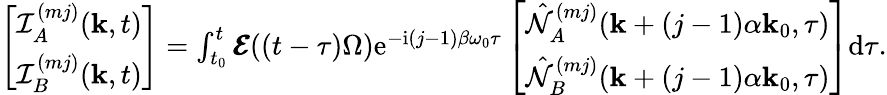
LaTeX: \begin{array}{r}{\left[\begin{array}{c}{\mathcal{I}_{A}^{(mj)}(\mathbf{k},t)}\\ {\mathcal{I}_{B}^{(mj)}(\mathbf{k},t)}\end{array}\right]=\int_{t_{0}}^{t}\pmb{\mathcal{E}}((t-\tau)\Omega)\mathrm{e}^{-\mathrm{i}(j-1)\beta\omega_{0}\tau}\left[\begin{array}{c}{\hat{\mathcal{N}}_{A}^{(mj)}(\mathbf{k}+(j-1)\alpha\mathbf{k}_{0},\tau)}\\ {\hat{\mathcal{N}}_{B}^{(mj)}(\mathbf{k}+(j-1)\alpha\mathbf{k}_{0},\tau)}\end{array}\right]\mathrm{d}\tau.}\end{array}